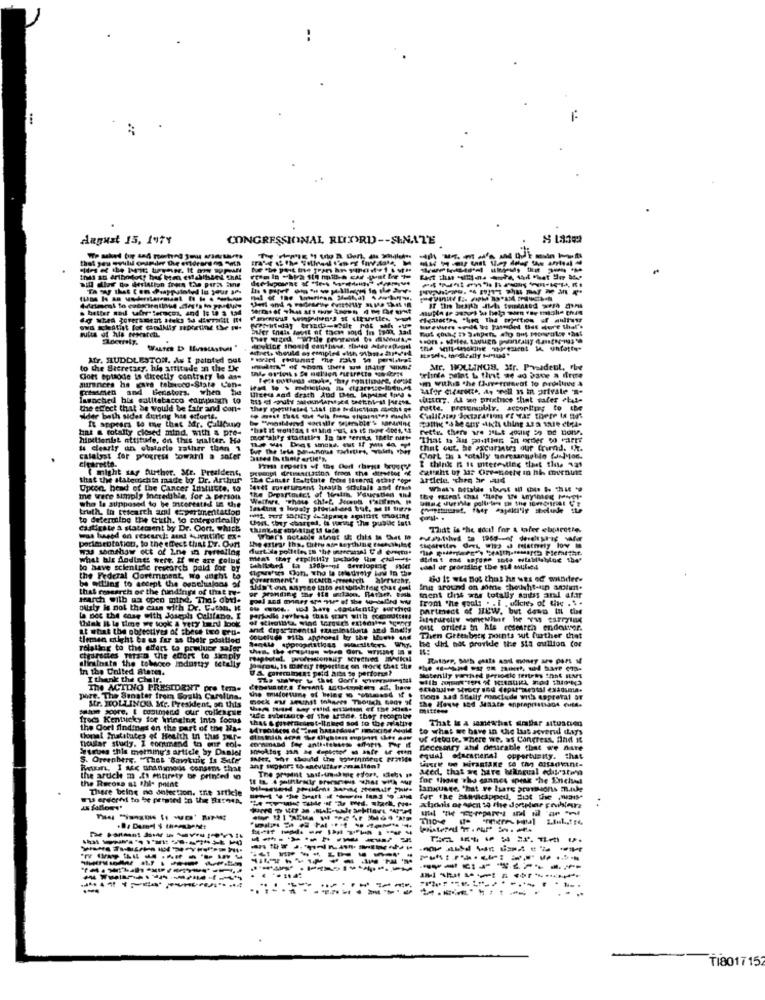
:
.
. .
dagust 15. 197Y
CONGRESSIONAL RECORD -- SIMATE
that yey gyulil oopder the endrars "s "win
To say that Co
. better and wirreferscos, and 1; 19 3 134
dg when forerameat aleks 14 4wait It
Arets should es comple
Mr. HUDDLESTON. As I painted Dut
to the Secretary, hle attitude on the the
Mr. HOLLINGS, Mr. Pyeldebt, the
Cloet aptaode is directly contrary lo ase
magnees he gave tobroco-Stata Con-
om Villuis the Chvernisvat to produce a
prismen and Benistors, when he
Ilized and death And Der lapsing Ipod $
launched bis satttabacco courphasen to
the effect that be would be fair and con-
dder both sides during his esforts.
It appears to me that Ifr. Callcano
hint & totally closed mind, with a pre-
humetionist attitude, on this traitez. Ha
That to an philthen in order oo varrt
is clearly an obstacle rather than 1
that out. he excurtes our friend. It.
catalyst for progress toward a safer
Cort Es a totally porcasoughde ful lor.
I think n is uiteresting that the 121
( might say Author. Mr. President,
Press reports of the Chort theyss hrour ??
that the staberichta made by Dr. Arthur
article. chre ir d
Upcon, head of the Cancer Institute. to
the Departadet of Health, Yourstlen and
me were simply incredible, for a person
truth, In research anil esperimentartog
who la supposed to be interested in the
to delemilbe the Cith. to categorically
casticity a statement by Dr. Cont. which
That is the dici! for a tofer elagarette.
portesrotation, to the effect thAL Dr. Ourt
Was somthaw ett of ine in mortallog
furt de polltles IN the marcarsal Ud comem.
the entrar tha. Chitty ase teything rechthilse
what ble Andings were. If we are colbg
to have scientific research paid for by
Dahilshed ta 130benel Sevelopes FM
the Federal Coremment, Wo aught to
be willing to accept the ossolutions of
So it wis not that he Nes of minder.
that research of the fundings of that -
Ing around on some chouht-asn anturt.
March with us open mind. That obt-
tent tint was totally suitss and afar
from "he goals . . i . ulicie, of tis . . .
Ously is not the chan with Dr. Good. ME
---------
partment of ILUW. but dewo Ii the
la not the case with dougal Califano. I
parkall Jeviesa this sran with (oecdfrit!
think it le time we took a very toni look
Lt what the objectives of these tro gen-
and dipsetmentul tzAminalists and Snelly
out orilers in his research endoutor.
tieman might be as far as their posttied
Then Greenberg points sut further det
he did not provide the sia mullion tos
relating to the effort to prulucr salor
Cigarettes Thisin the ecort to Simply
elimilasts the tobacco industry tetally
In the United States.
parou, Is mirny ttportine on frock chat ile
A, caremlocat peld alba Se perforum?
I thank the Chair.
Matenily varthed periodic terteas think SLAPS
The ACTINO PRESIDENT pro ter-
pore. The Sunater from South Carolina.
Blogs sad Scally monctude with soprotal ar
Sehan soore, I cuimend our colleague
Str. JEOLLINCKA. Mr. Presklent, on this
mittene
freds Kentucky for Wringlog Into focus
dest-lineed sod to the avlattre
That is a samewhat areaflar situation
the Oorl findings on the part of the Na-
to what we have in die lat aoverul days
thonel Mratstutes of Health in thes pour.
Thuslar study. I command in our col.
diminish dopa te dlystens euptenrt (hier auf of cette, where we. ws Congress, find it
tebes this morning's article by Daniel
Decesary and desirable that we nare
S. Oreenberg. "That "Borskuig Is Site
equal educatienal opportunity. that
Rowan, I acc unanimous conanos that
azed, that we have hanqual edutratara
the aruch m .ts entirety be printed in
the Recons at this point
for those who cannes speak che Encheel
There being no detection. the article
language, "hat ve bare pressions m.tule
------- ---
--------
-------------
. . .
T1801715